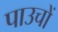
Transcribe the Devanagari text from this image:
पाउचों